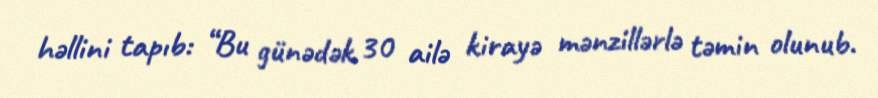
həllini tapıb: “Bu günədək 30 ailə kirayə mənzillərlə təmin olunub.